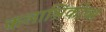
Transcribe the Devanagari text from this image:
कलाश्निकोव्स